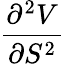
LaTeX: \frac{\partial^{2}V}{\partial S^{2}}